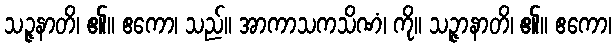
သဉ္ဇနာတိ၊ ၏။ ဧကော၊ သည်။ အာကာသကသိဏံ၊ ကို။ သဉ္ဇာနာတိ၊ ၏။ ဧကော၊